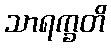
သာရက္ခတိ